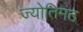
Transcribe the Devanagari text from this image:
ज्योतिमठ